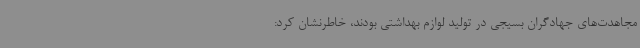
مجاهدت‌های جهادگران بسیجی در تولید لوازم بهداشتی بودند، خاطرنشان کرد:‌